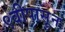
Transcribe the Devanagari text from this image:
९वीपासून